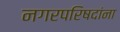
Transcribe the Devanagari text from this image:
नगरपरिषदांना